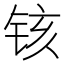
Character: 𫟺